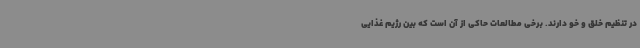
در تنظیم خلق و خو دارند. برخی مطالعات حاکی از آن است که بین رژیم غذایی